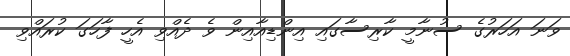
ވަނަ އަހަރުގެ ސުނާމީ ކާރިސާގައި އިންޑިއާއިން ވެ ދެއްވި އެހީ ފާހަގަ ކުރައްވި